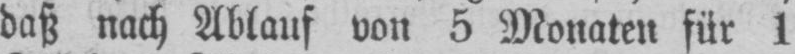
daß nach Ablauf von 5 Monaten für 1